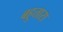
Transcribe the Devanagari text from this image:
बहुतारा